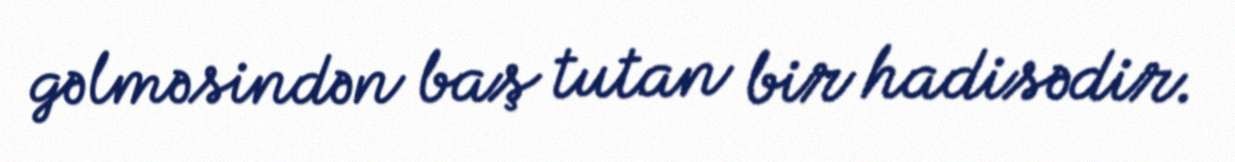
gəlməsindən baş tutan bir hadisədir.